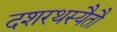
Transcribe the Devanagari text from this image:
दशरथस्यैतौ